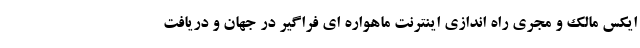
ایکس مالک و مجری راه اندازی اینترنت ماهواره ای فراگیر در جهان و دریافت